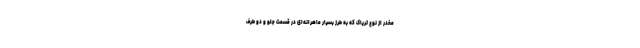
مخدر از نوع تریاک که به طرز بسیار ماهرانه‌ای در قسمت جلو و دو طرف